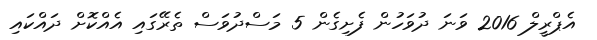
އެޕްރީލް 2016 ވަނަ ދުވަހުން ފެށިގެން 5 މަސްދުވަސް ތެރޭގައި އެއްކޮށް ދައްކައި